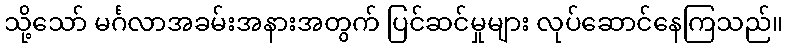
သို့သော် မင်္ဂလာအခမ်းအနားအတွက် ပြင်ဆင်မှုများ လုပ်ဆောင်နေကြသည်။